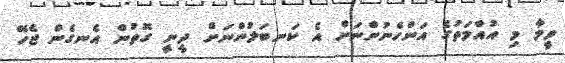
ވީމާ މި އުއްމަތުގެ އަންހެނުންނަށް އެ ކަނބަލުންނަށް ދީނީ ގޮތުން އެނގެން ޖެހޭ